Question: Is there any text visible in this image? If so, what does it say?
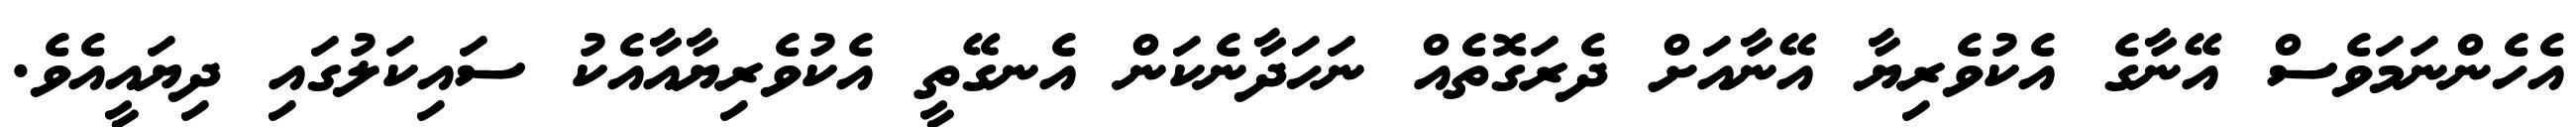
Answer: އެހެންނަމަވެސް އޭނާގެ އެކުވެރިޔާ އޭނާއަށް ދެރަގޮތެއް ނަހަދާނެކަން އެނގޭތީ އެކުވެރިޔާއާއެކު ސައިކަލުގައި ދިޔައީއެވެ.